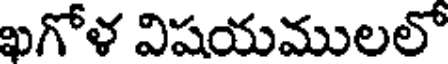
ఖగోళ విషయములలో